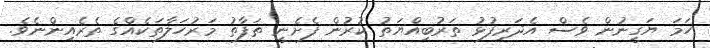
ހަމަ ޔަގީނުން ވެސް އެދަރިފުޅު ތަރުބިއްޔަތު ކުރުން ފެށެނީ ތަފާތު މަރުހަލާތަކެއްގެ ތެރެއިންނެވެ.